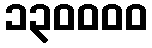
၁၃၀၀၀၀